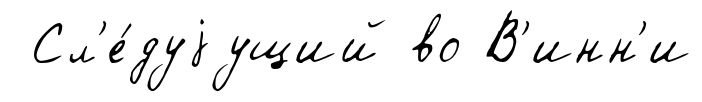
Сл'е́дуjущий во В'инн'и